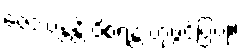
ဇေဿန္တန္တိ ဝိစရန္တံ ဟုဖွင့်ပြပုံ။